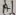
Text: A1